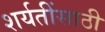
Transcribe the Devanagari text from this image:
शर्यतींसाठी